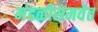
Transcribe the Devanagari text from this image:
मंडळीसमवेत